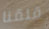
قلقنا